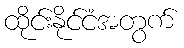
ထိုင်းနိုင်ငံအတွက်